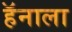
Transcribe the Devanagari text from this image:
हॅनाला